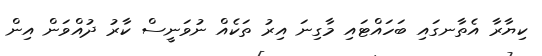
ކިޔާރާ އެތާނގައި ބަހައްޓައި މާގިނަ އިރު ތަކެއް ނުވަނީސް ކާރު ދުއްވަން އިން